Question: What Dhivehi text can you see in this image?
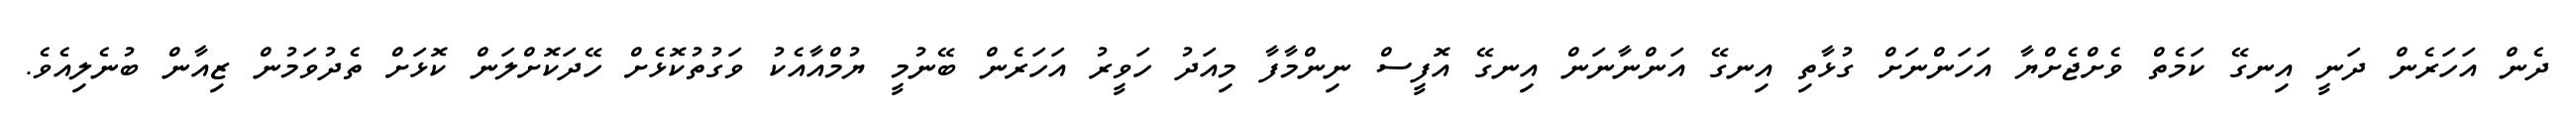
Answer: ދެން އަހަރެން ދަނީ އިނގޭ ކަމެތް ވެށްޖެށްޔާ އަހަންނަށް ގުޅާތި އިނގޭ އަންނާނަން އިނގޭ އޮފީސް ނިންމާފާ މިއަދު ހަވީރު އަހަރެން ބޭނުމީ ޔުމްއާއެކު ވަގުތުކޮޅެށް ހޭދަކޮށްލަން ކޮޅަށް ތެދުވަމުން ޒިއާން ބުނެލިއެވެ.